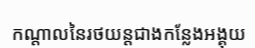
កណ្តាលនៃរថយន្តជាងកន្លែងអង្គុយ